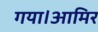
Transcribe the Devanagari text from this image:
गया।आमिर